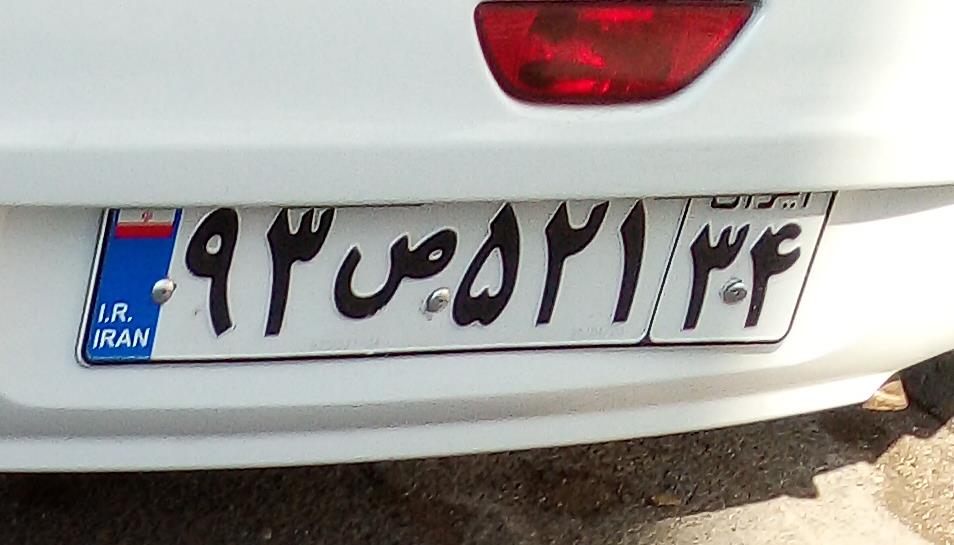
۹۳ص۵۲۱۳۴